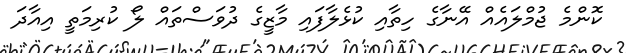
ކޮންމެ ޖުމްލައެއް އޭނާގެ ހިތާއި ކުޅެލާފައި މާޒީގެ ދުވަސްތައް ލޯ ކުރިމަތީ އިއާދަ